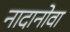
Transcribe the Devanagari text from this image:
नादानोवा